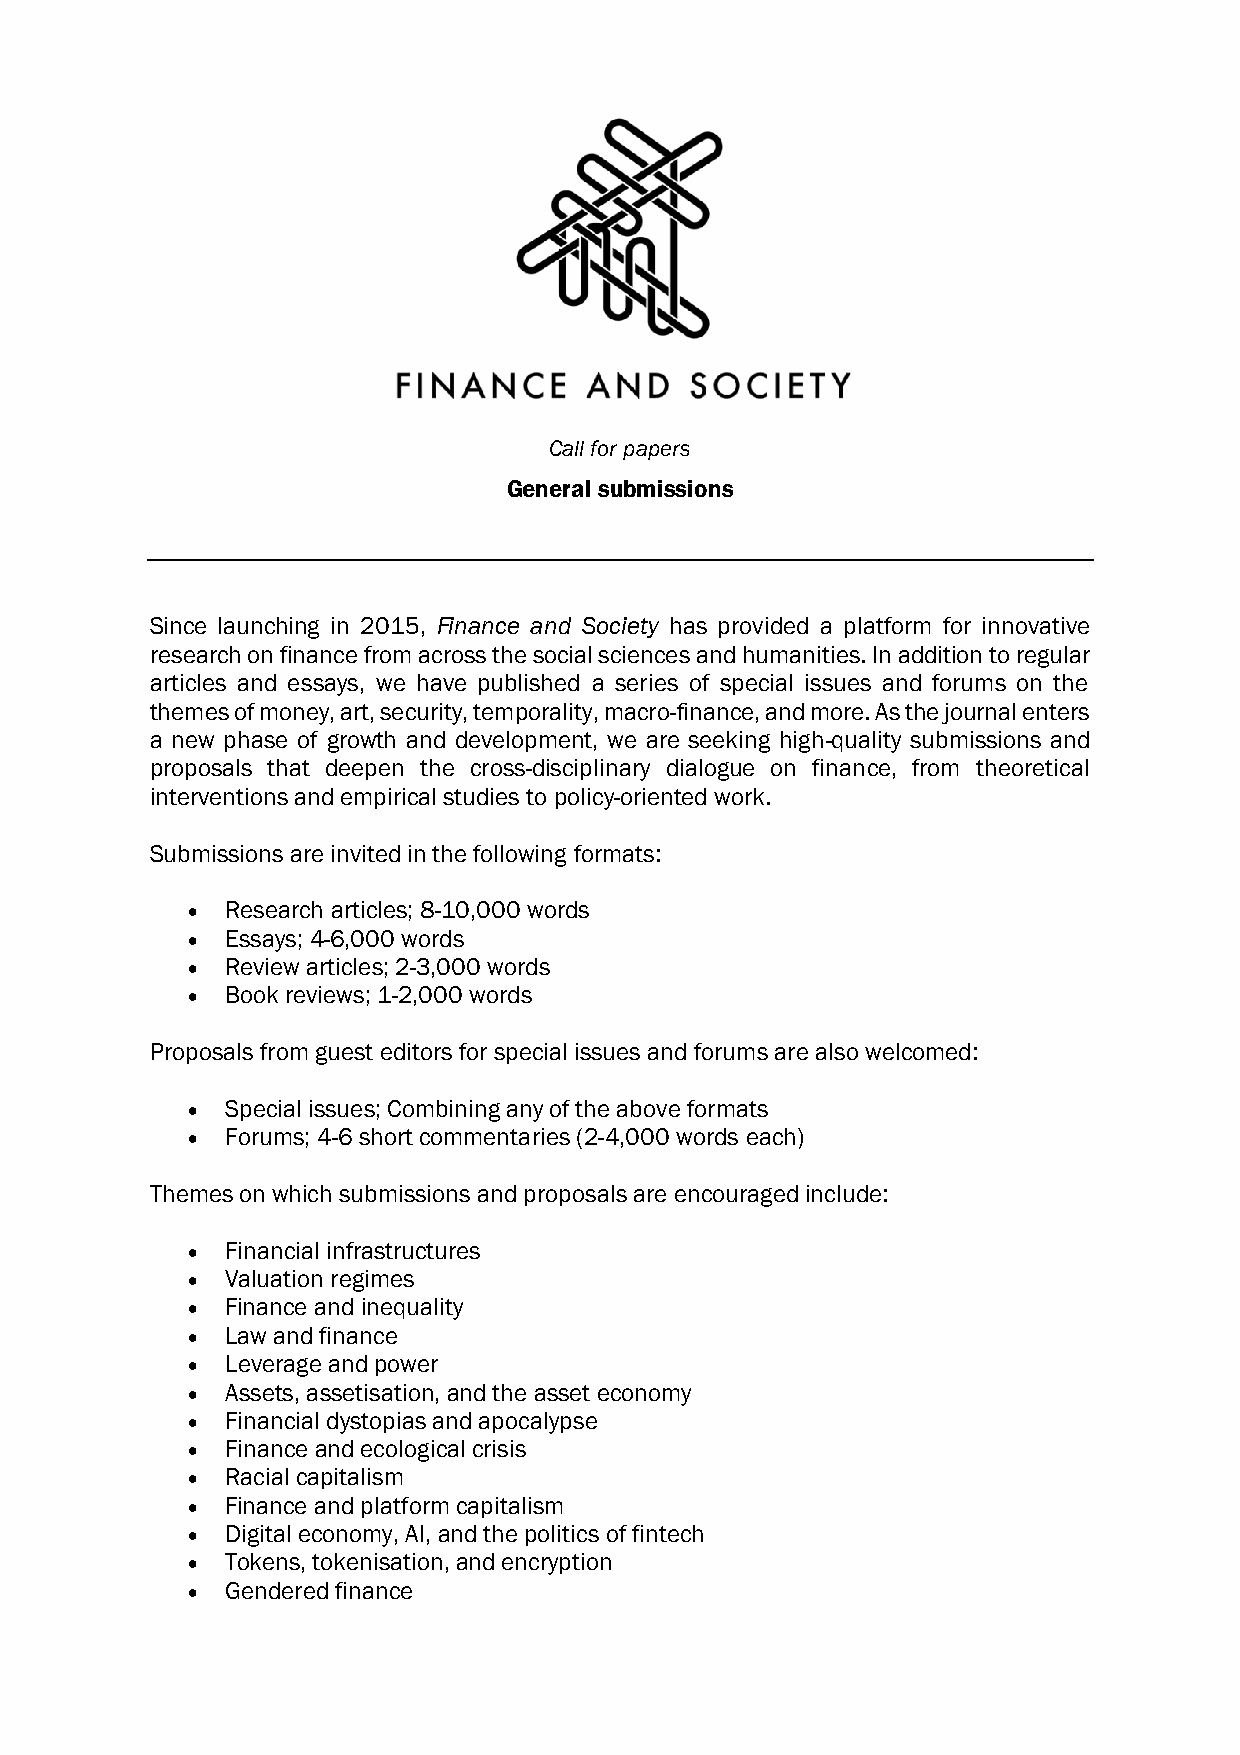
Call for papers
 General submissions
 Since launching in 2015, Finance and Society has provided a platform for innovative
 research on finance from across the social sciences and humanities. In addition to regular
 articles and essays, we have published a series of special issues and forums on the
 themes of money, art, security, temporality, macro-finance, and more. As the journal enters
 a new phase of growth and development, we are seeking high-quality submissions and
 proposals that deepen the cross-disciplinary dialogue on finance, from theoretical
 interventions and empirical studies to policy-oriented work.
 Submissions are invited in the following formats:
 •  Research articles; 8-10,000 words
 •  Essays; 4-6,000 words
 •  Review articles; 2-3,000 words
 •  Book reviews; 1-2,000 words
 Proposals from guest editors for special issues and forums are also welcomed:
 •  Special issues; Combining any of the above formats
 •  Forums; 4-6 short commentaries (2-4,000 words each)
 Themes on which submissions and proposals are encouraged include:
 •  Financial infrastructures
 •  Valuation regimes
 •  Finance and inequality
 •  Law and finance
 •  Leverage and power
 •  Assets, assetisation, and the asset economy
 •  Financial dystopias and apocalypse
 •  Finance and ecological crisis
 •  Racial capitalism
 •  Finance and platform capitalism
 •  Digital economy, AI, and the politics of fintech
 •  Tokens, tokenisation, and encryption
 •  Gendered finance